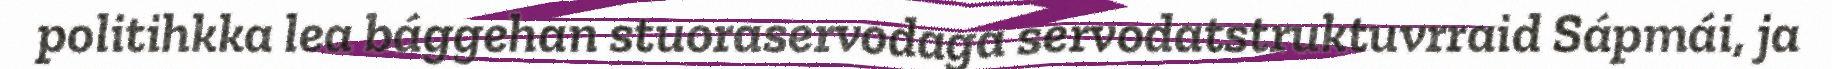
politihkka lea bággehan stuoraservodaga servodatstruktuvrraid Sápmái, ja